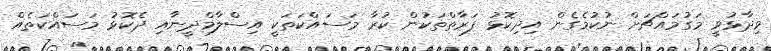
ވިދާޅުވީ މަގުމައްޗަށް ނުކުމެގެން އިދިކޮޅު ފަރާތްތަކުން ކުރާ މަސައްކަތަކީ އިސްލާމްދީނާއި ދެކޮޅަު މަސައްކަތެއް